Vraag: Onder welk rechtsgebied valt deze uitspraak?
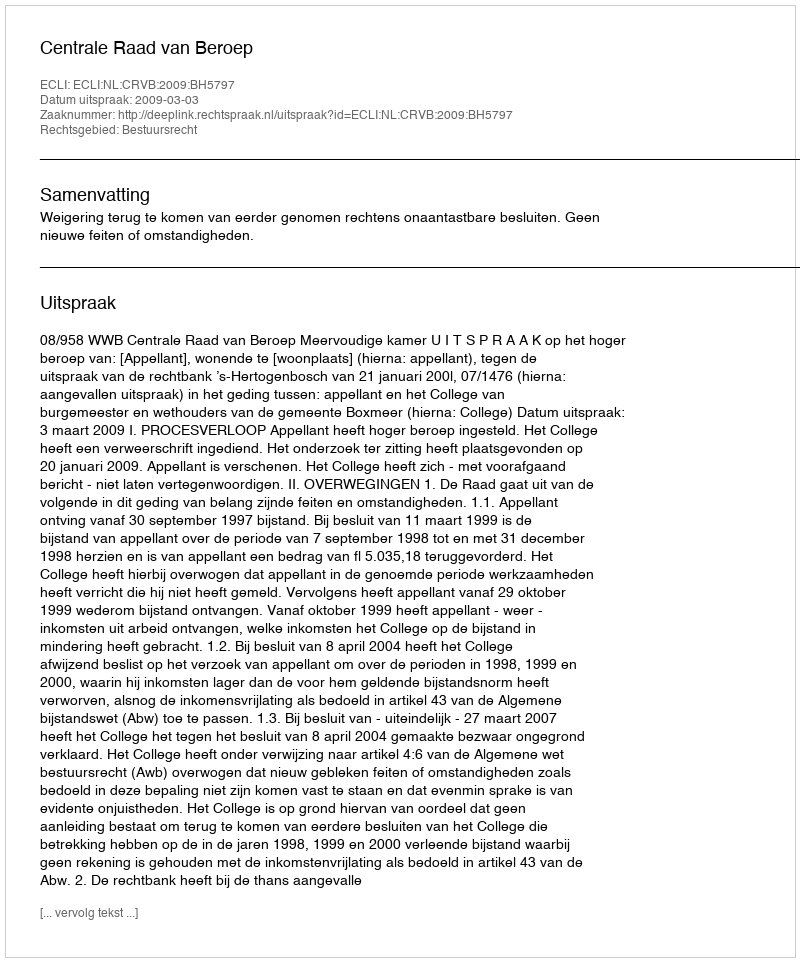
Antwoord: Bestuursrecht